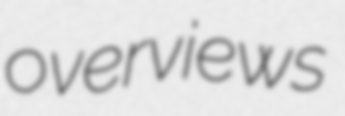
overviews